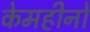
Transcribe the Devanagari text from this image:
केमहीनों